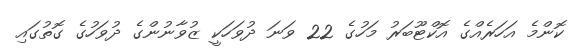
ކޮންމެ އަހަރެއްގެ އޮކްޓޫބަރު މަހުގެ 22 ވަނަ ދުވަހަކީ ޒުވާނުންގެ ދުވަހުގެ ގޮތުގައި